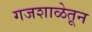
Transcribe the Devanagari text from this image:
गजशाळेतून